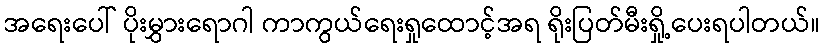
အရေးပေါ် ပိုးမွှားရောဂါ ကာကွယ်ရေးရှုထောင့်အရ ရိုးပြတ်မီးရှို့ပေးရပါတယ်။